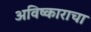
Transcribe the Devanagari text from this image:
अविष्काराचा